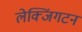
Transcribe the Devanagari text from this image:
लेक्जिंगटन